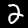
Label: 2